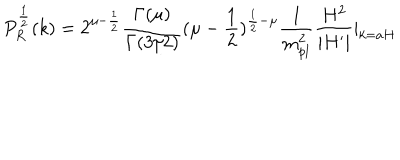
P _ { R } ^ { \frac { 1 } { 2 } } ( k ) = 2 ^ { \mu - \frac { 1 } { 2 } } \frac { \Gamma ( \mu ) } { \Gamma ( 3 / 2 ) } ( \mu - \frac { 1 } { 2 } ) ^ { \frac { 1 } { 2 } - \mu } \frac { 1 } { m _ { p l } ^ { 2 } } \frac { H ^ { 2 } } { | H ^ { \prime } | } | _ { k = a H }